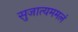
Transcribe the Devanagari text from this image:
सुजात्यममलं